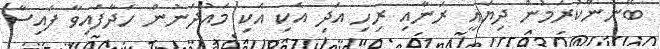
ބޭނުންކުރަމުން ދިޔައީ ރަނާއި ރިހި އަދި އެކި އެކި މައުދަނުން ހަދާފައިވާ ފައިސާ